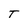
Character: T